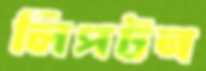
লিপটন